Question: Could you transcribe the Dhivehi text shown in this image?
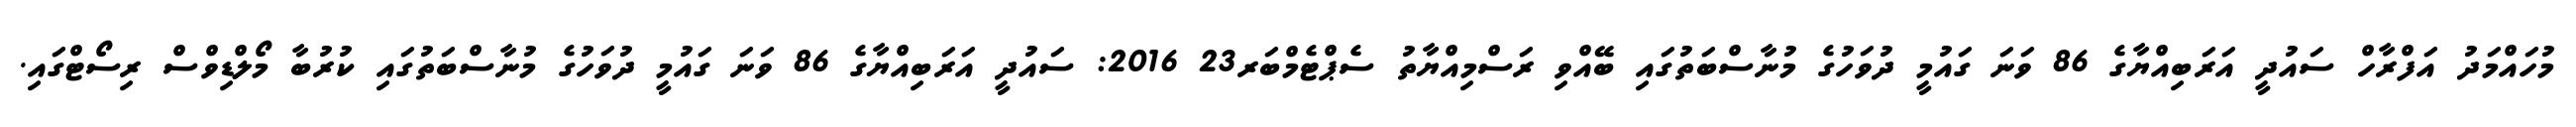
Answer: މުހައްމަދު އަފްރާހް ސައުދީ އަރަބިއްޔާގެ 86 ވަނަ ގައުމީ ދުވަހުގެ މުނާސްބަތުގައި ބޭއްވި ރަސްމިއްޔާތު ސެޕްޓެމްބަރ23 2016: ސައުދީ އަރަބިއްޔާގެ 86 ވަނަ ގައުމީ ދުވަހުގެ މުނާސްބަތުގައި ކުރުބާ މޯލްޑިވްސް ރިސޯޓްގައި.